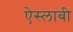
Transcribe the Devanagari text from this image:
ऐस्लाबी